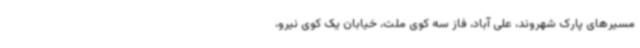
مسیرهای پارک شهروند، علی آباد، فاز سه کوی ملت، خیابان یک کوی نیرو،